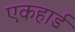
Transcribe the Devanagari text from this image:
एकहार्ड